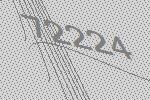
72224